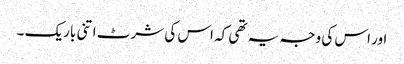
اور اس کی وجہ یہ تھی کہ اس کی شرٹ اتنی باریک ۔